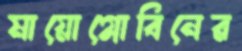
মায়োগ্লোবিনের